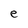
Character: e